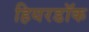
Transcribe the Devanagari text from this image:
हियरडॉक